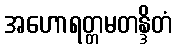
အဟောရတ္တမတန္ဒိတံ